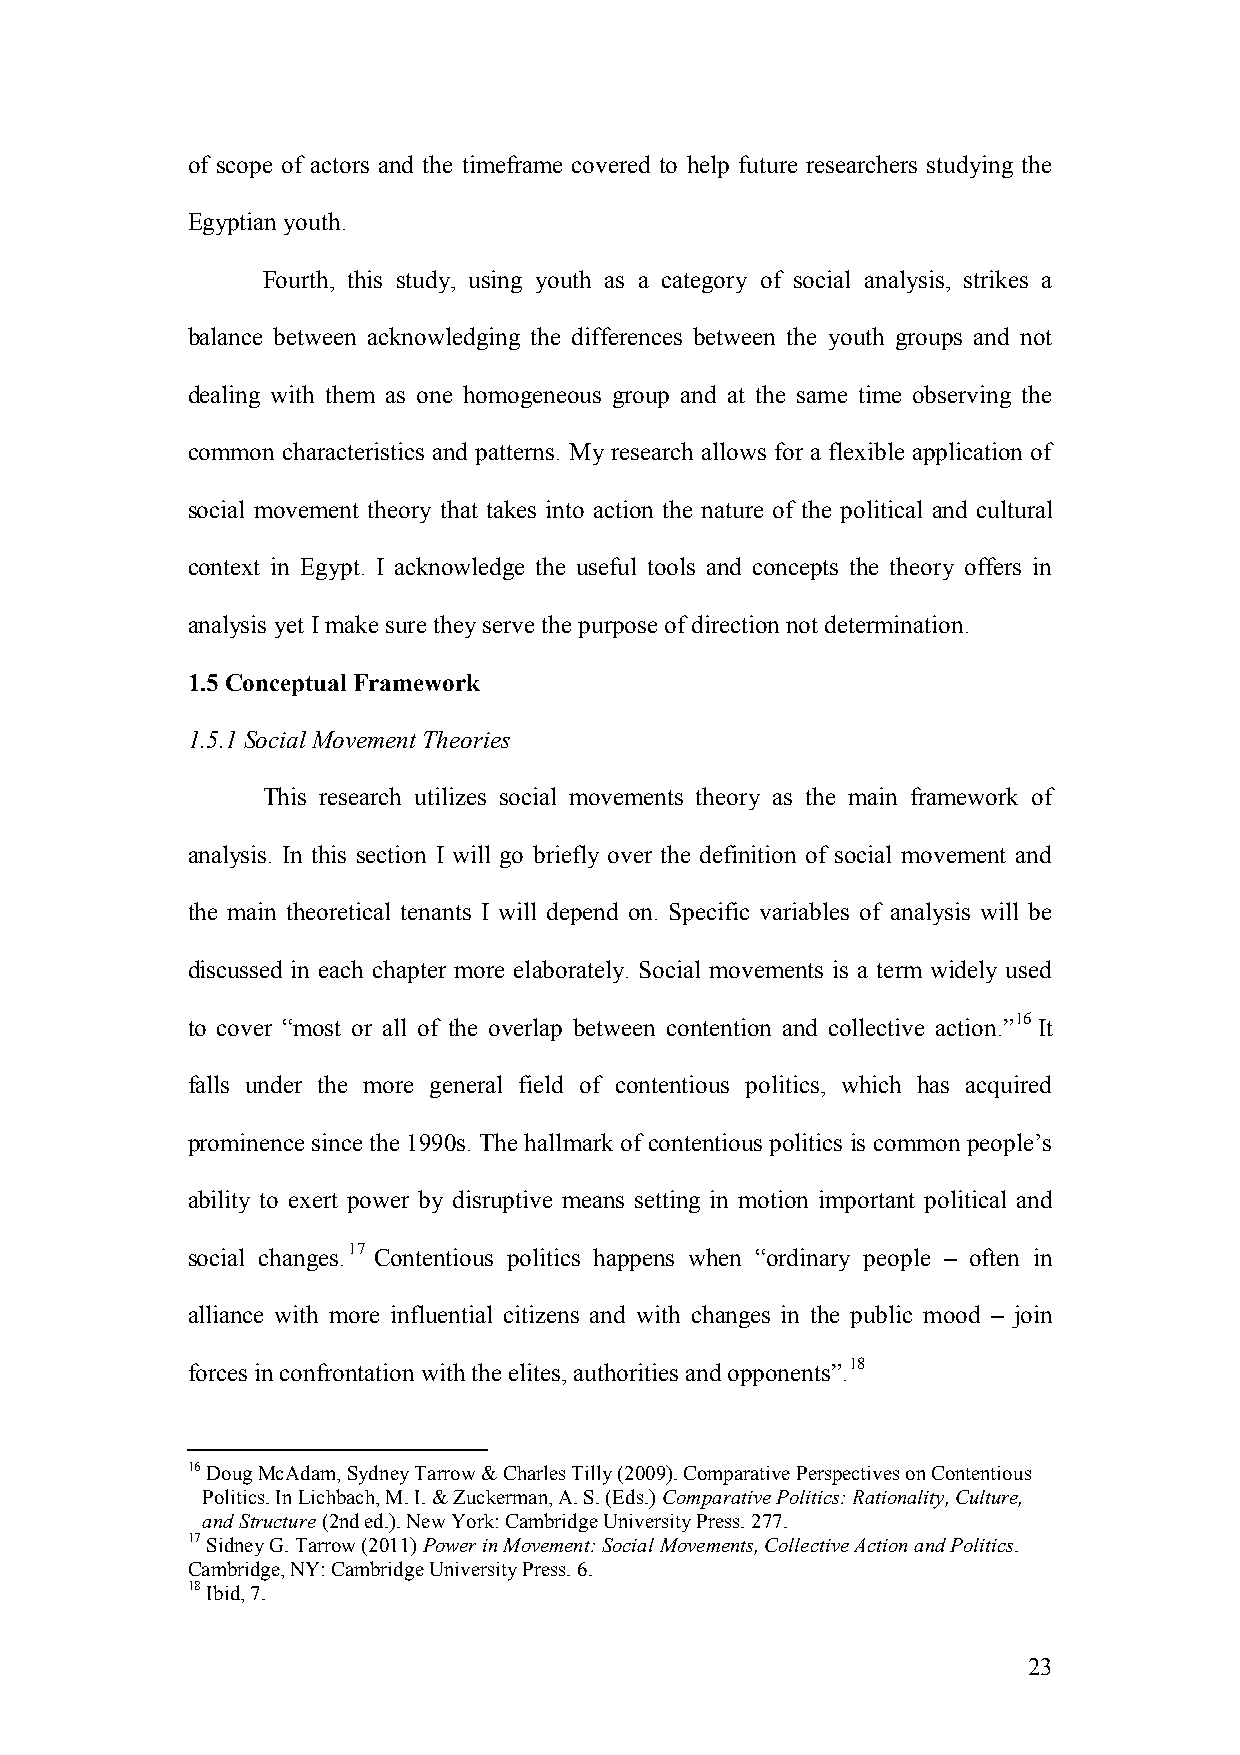
of scope of actors and the timeframe covered to help future researchers studying the
 Egyptian youth.
 Fourth, this study, using youth as a category of social analysis, strikes a
 balance between acknowledging the differences between the youth groups and not
 dealing with them as one homogeneous group and at the same time observing the
 common characteristics and patterns. My research allows for a flexible application of
 social movement theory that takes into action the nature of the political and cultural
 context in Egypt. I acknowledge the useful tools and concepts the theory offers in
 analysis yet I make sure they serve the purpose of direction not determination.
 1.5 Conceptual Framework
 1.5.1 Social Movement Theories
 This research utilizes social movements theory as the main framework of
 analysis. In this section I will go briefly over the definition of social movement and
 the main theoretical tenants I will depend on. Specific variables of analysis will be
 discussed in each chapter more elaborately. Social movements is a term widely used
 to cover “most or all of the overlap between contention and collective action.”16 It
 falls under the more general field of contentious politics, which has acquired
 prominence since the 1990s. The hallmark of contentious politics is common people’s
 ability to exert power by disruptive means setting in motion important political and
 social changes.17 Contentious politics happens when “ordinary people – often in
 alliance with more influential citizens and with changes in the public mood – join
 forces in confrontation with the elites, authorities and opponents”.18
 16 Doug McAdam, Sydney Tarrow & Charles Tilly (2009). Comparative Perspectives on Contentious
 Politics. In Lichbach, M. I. & Zuckerman, A. S. (Eds.) Comparative Politics: Rationality, Culture,
 and Structure (2nd ed.). New York: Cambridge University Press. 277.
 17 Sidney G. Tarrow (2011) Power in Movement: Social Movements, Collective Action and Politics.
 Cambridge, NY: Cambridge University Press. 6.
 18 Ibid, 7.
 23